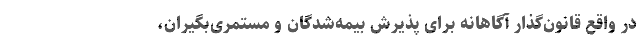
در واقع قانون‌گذار آگاهانه برای پذیرش بیمه‌شدگان و مستمری‌بگیران،